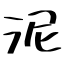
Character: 泥